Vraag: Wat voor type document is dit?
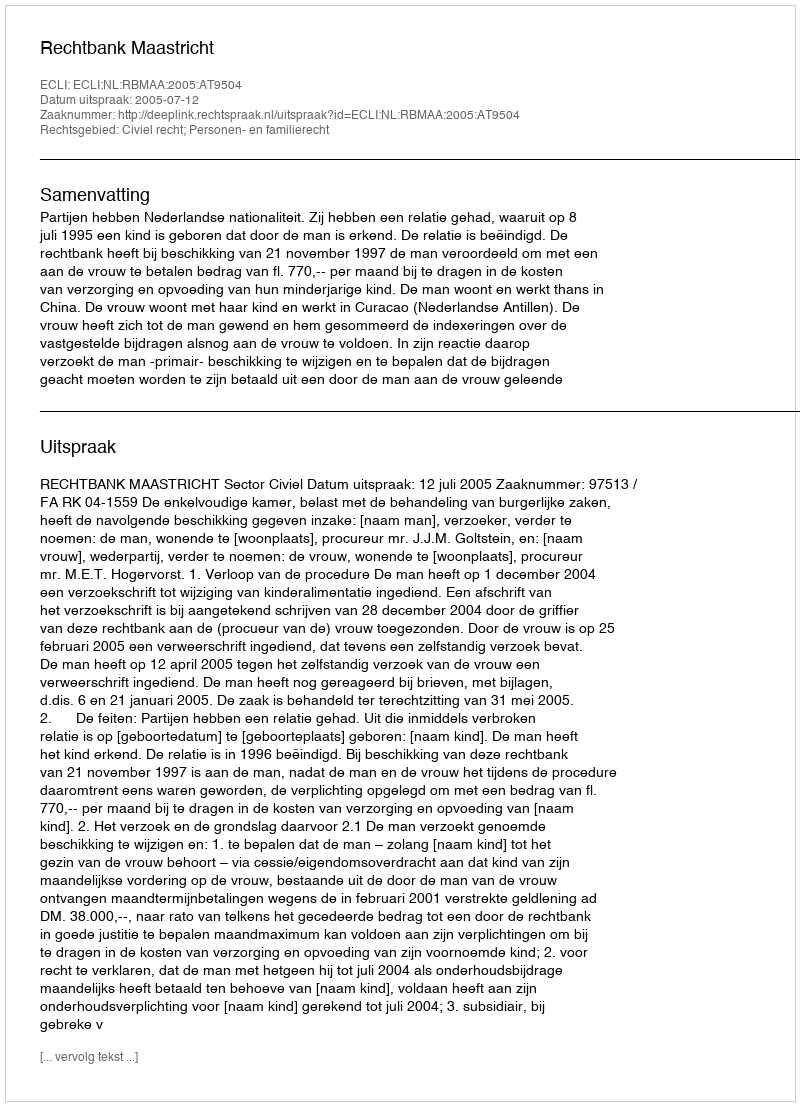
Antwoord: Uitspraak